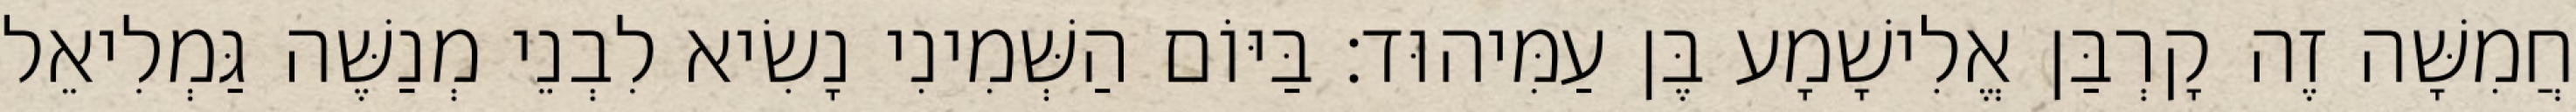
חֲמִשָּׁה זֶה קָרְבַּן אֱלִישָׁמָע בֶּן עַמִּיהוּד׃ בַּיּוֹם הַשְּׁמִינִי נָשִׂיא לִבְנֵי מְנַשֶּׁה גַּמְלִיאֵל